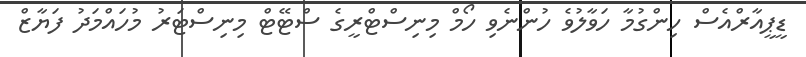
ޑީޕީއާރްއެސް ހިންގުމާ ހަވާލުވެ ހުންނެވި ހޯމް މިނިސްޓްރީގެ ސްޓޭޓް މިނިސްޓަރު މުހައްމަދު ފަޔާޒް